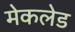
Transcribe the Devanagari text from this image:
मेकलेड